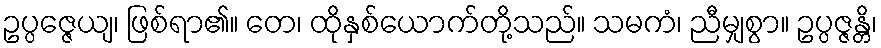
ဥပ္ပဇ္ဇေယျ၊ ဖြစ်ရာ၏။ တေ၊ ထိုနှစ်ယောက်တို့သည်။ သမကံ၊ ညီမျှစွာ။ ဥပ္ပဇ္ဇန္တိ၊